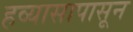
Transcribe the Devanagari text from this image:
हव्यासापासून